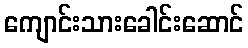
ကျောင်းသားခေါင်းဆောင်